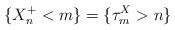
LaTeX: \begin{align*}\{X_n^+ < m\} = \{\tau_m^X > n\}\end{align*}